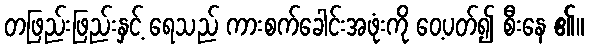
တဖြည်းဖြည်းနှင့် ရေသည် ကားစက်ခေါင်းအဖုံးကို ဝေ့ပတ်၍ စီးနေ ၏။